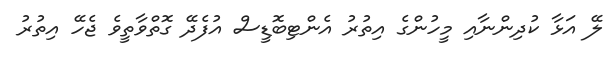
ލޭ އަޅާ ކުދިންނާއި މީހުންގެ އިތުރު އެންޓިބޮޑީސް އުފެދޭ ގޮތްވާތީވެ ޖެހޭ އިތުރު